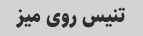
تنیس روی میز